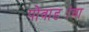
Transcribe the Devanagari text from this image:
पोवाड्यांचा